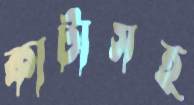
কাটাসহ